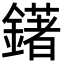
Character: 鐯